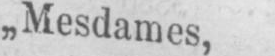
„Mesdames,